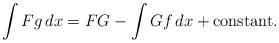
LaTeX: \begin{align*}\int Fg\,dx =FG - \int Gf\,dx + \mbox{constant}.\end{align*}